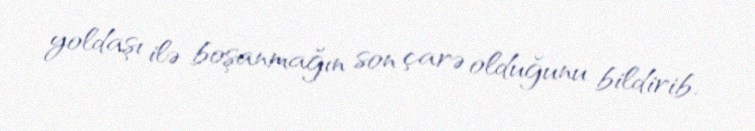
yoldaşı ilə boşanmağın son çarə olduğunu bildirib.